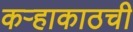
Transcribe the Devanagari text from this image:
कऱ्हाकाठची